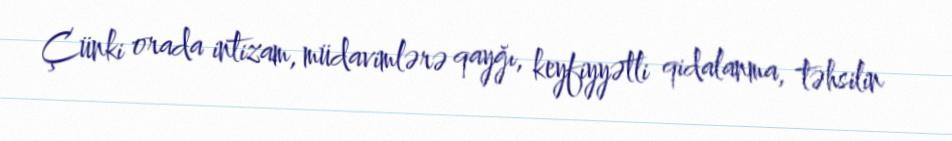
Çünki orada intizam, müdavimlərə qayğı, keyfiyyətli qidalanma, təhsilin